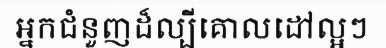
អ្នកជំនួញដ៏ល្បីគោលដៅល្អៗ